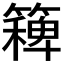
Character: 𮆛